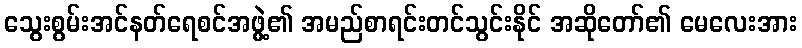
သွေးစွမ်းအင်နတ်ရေစင်အဖွဲ့၏ အမည်စာရင်းတင်သွင်းနိုင် အဆိုတော်၏ မေလေးအား